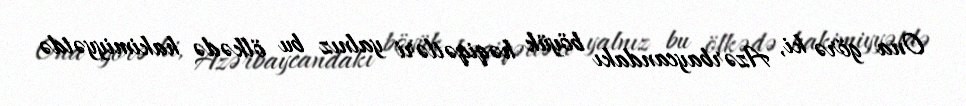
Ona görə ki, Azərbaycandakı böyük həqiqətləri yalnız bu ölkədə hakimiyyətdə